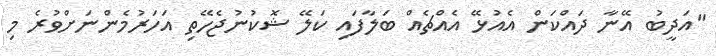
"އަދީބު އޭނާ ދައްކަން އެއުޅޭ އެއްޗެއް ބަލާފައި ކަލޭ ޝޮކުނުޖެހޭތި އަހަރުމެންނަށްވުރެ މި